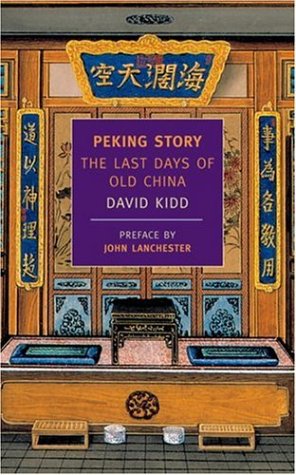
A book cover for Peking Story: The Last Days of Old China (New York Review Books Classics); David Kidd; Biographies & Memoirs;